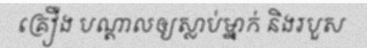
គ្រឿង បណ្តាលឲ្យស្លាប់ម្នាក់ និងរបួស